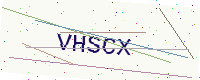
Text: VHSCX